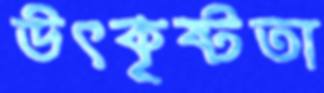
উৎকৃষ্টতা